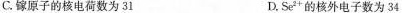
C.镓原子的核电荷数为31 D.Se+的核外电子数为34